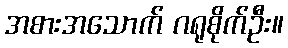
အစားအသောက် ဂရုစိုက်ဦး။